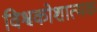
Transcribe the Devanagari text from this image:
विश्वकोशात्मक